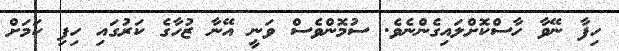
ހިފާ ނޭވާ ހާސްކޮށްލައިގެންނެވެ. ސުމޮންވެސް ވަނީ އޭނާ ޒުހާގެ ކަރުގައި ހިފި ކަމަށް